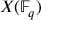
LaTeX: X ( \mathbb { F } _ { q } )